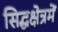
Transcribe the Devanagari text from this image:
सिद्धक्षेत्रमें